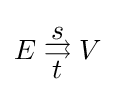
E\;{\begin{matrix}s\\[-6pt]\rightrightarrows \\[-4pt]t\end{matrix}}\;V